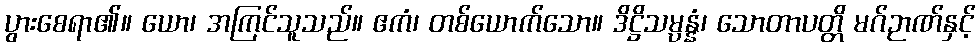
ပွားစေရာ၏။ ယော၊ အကြင်သူသည်။ ဧကံ၊ တစ်ယောက်သော။ ဒိဋ္ဌိသမ္ပန္နံ၊ သောတာပတ္တိ မဂ်ဉာဏ်နှင့်